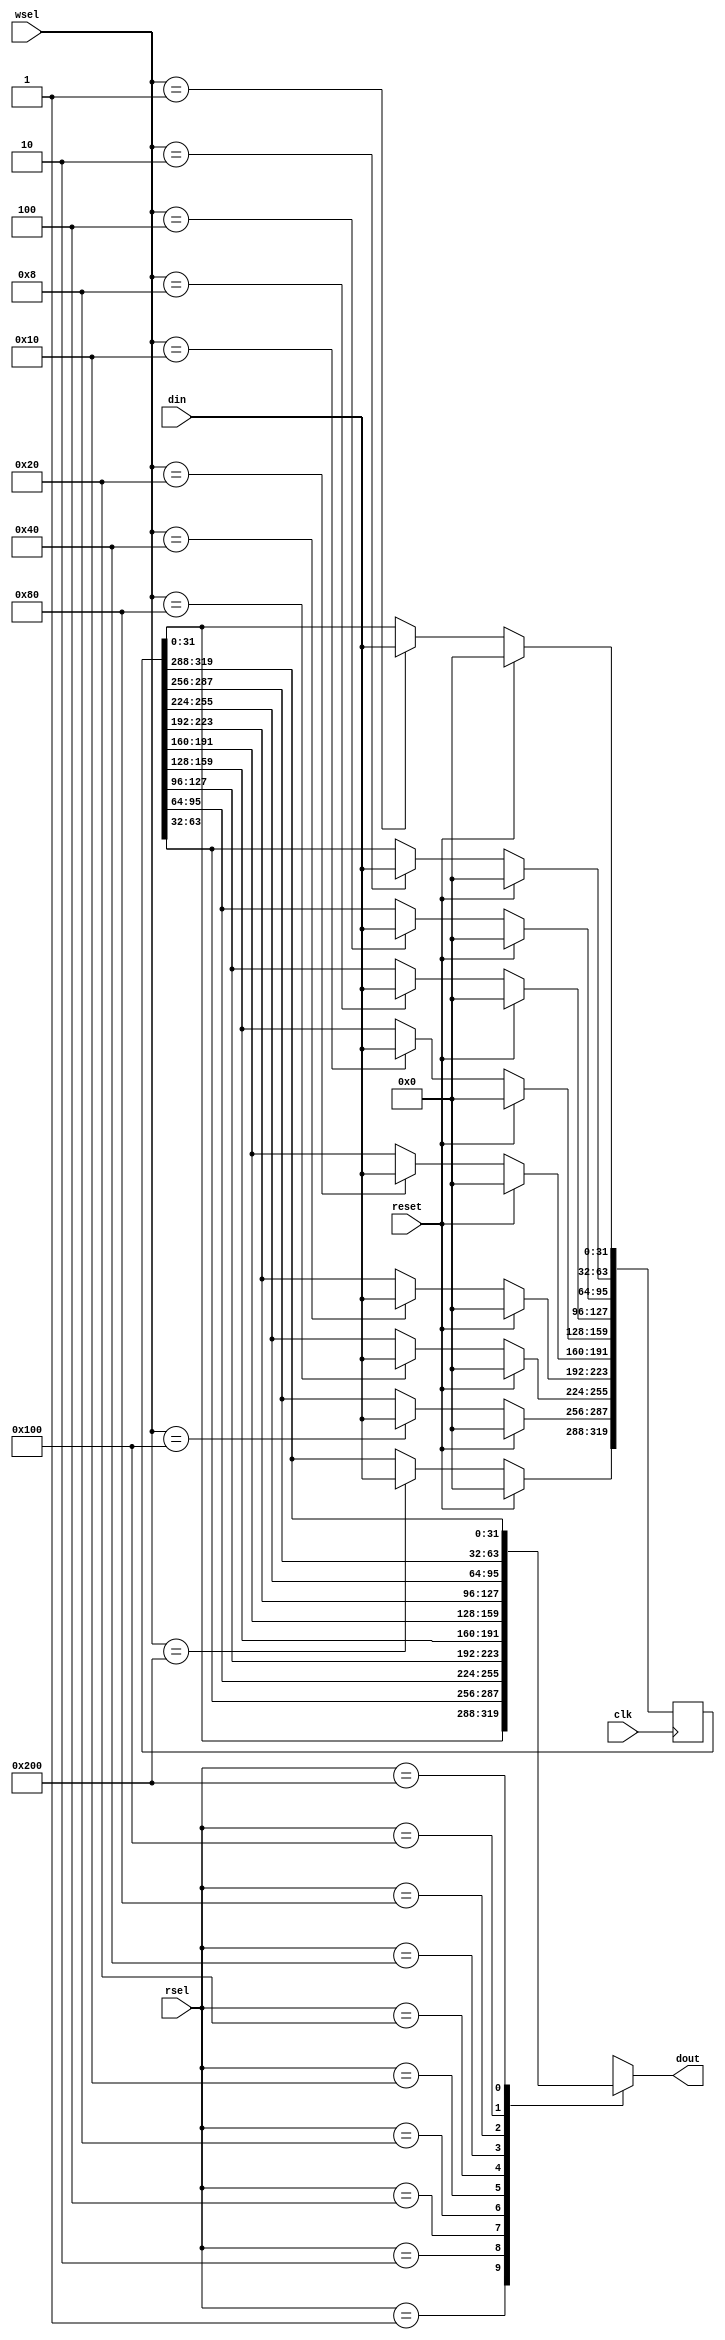
module register_32x10 (
    input wire clk, reset,
    input wire [9:0] wsel,
    input wire [9:0] rsel,
    input wire [31:0] din,
    output reg [31:0] dout
);

    reg [319:0] register;

    always @(posedge clk) begin
        if (reset)
            register <= 320'h0; // Reset the register to all zeros
        else begin
            case(wsel)
                10'h001: register[0 +: 32] <= din;
                10'h002: register[32 +: 32] <= din;
                10'h004: register[64 +: 32] <= din;
                10'h008: register[96 +: 32] <= din;
                10'h010: register[128 +: 32] <= din;
                10'h020: register[160 +: 32] <= din;
                10'h040: register[192 +: 32] <= din;
                10'h080: register[224 +: 32] <= din;
                10'h100: register[256 +: 32] <= din;
                10'h200: register[288 +: 32] <= din;
            endcase
        end
    end

    always @* begin
        case(rsel)
            10'h001: dout = register[0 +: 32];
            10'h002: dout = register[32 +: 32];
            10'h004: dout = register[64 +: 32];
            10'h008: dout = register[96 +: 32];
            10'h010: dout = register[128 +: 32];
            10'h020: dout = register[160 +: 32];
            10'h040: dout = register[192 +: 32];
            10'h080: dout = register[224 +: 32];
            10'h100: dout = register[256 +: 32];
            10'h200: dout = register[288 +: 32];
            default: dout = 32'hxxxxxxxx;
        endcase
    end

endmodule